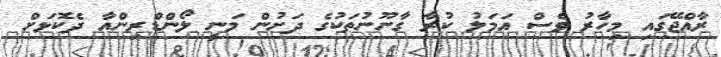
ރާއްޖޭގައި މިހާރު ވެސް އަމަލު ކުރާ ގާނޫނުތަކުގެ ދަށުން މަނީ ލޯންޑްރިންއާ ދެކޮޅަށް